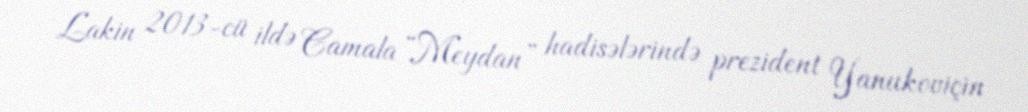
Lakin 2013-cü ildə Camala “Meydan” hadisələrində prezident Yanukoviçin